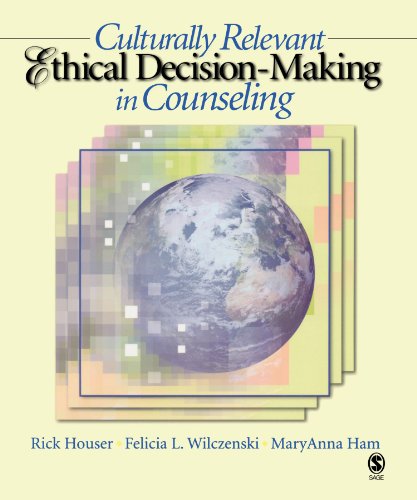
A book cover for Culturally Relevant Ethical Decision-Making in Counseling; Rick A. Houser; Medical Books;